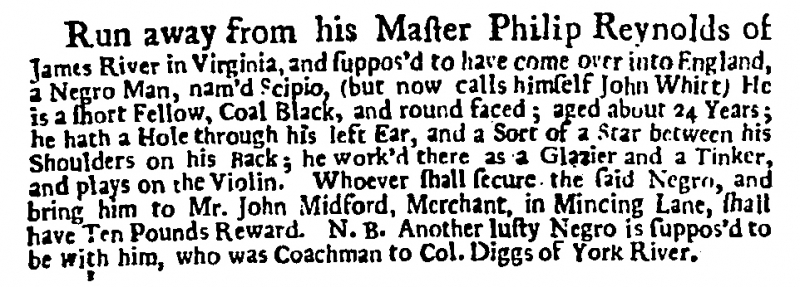
Daily Post, 17 December 1724 (England)
Run away from his Master Philip Reynolds of James River Virginia, and suppos’d to have come over into England, a Negro Man, nam'd Scipio, (but now calls himself John Whitt) He is a short Fellow, Coal Black, and round faced; aged about 24 Years; he hath a Hole through his left Ear, and a Sort of a Star between his Shoulders on his Back; he work’d there as a Glazier and a Tinker, and plays on the Violin. Whoever shall secure the said Negro, and bring him to Mr. John Midford, Merchant, in Mincing Lane, shall have Ten Pounds Reward. N.B. Another lusty Negro is suppos’d to be with him, who was Coachman to Col. Diggs of York River.